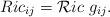
LaTeX: \begin{align*} { R}ic_{ij} ={\cal R}ic\ g_{ij}.\end{align*}